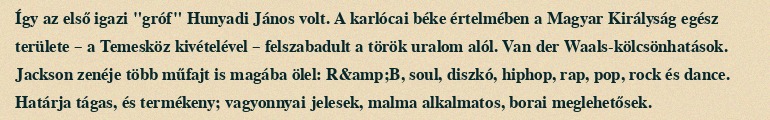
Így az első igazi "gróf" Hunyadi János volt. A karlócai béke értelmében a Magyar Királyság egész területe – a Temesköz kivételével – felszabadult a török uralom alól. Van der Waals-kölcsönhatások. Jackson zenéje több műfajt is magába ölel: R&amp;B, soul, diszkó, hiphop, rap, pop, rock és dance. Határja tágas, és termékeny; vagyonnyai jelesek, malma alkalmatos, borai meglehetősek.